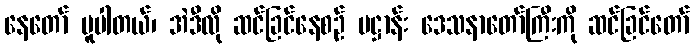
နေတော် မူပါတယ်၊ အဲဒီလို ဆင်ခြင်နေစဉ် ပဋ္ဌာန်း ဒေသနာတော်ကြီးကို ဆင်ခြင်တော်